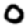
Digit: 0